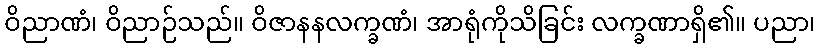
ဝိညာဏံ၊ ဝိညာဉ်သည်။ ဝိဇာနနလက္ခဏံ၊ အာရုံကိုသိခြင်း လက္ခဏာရှိ၏။ ပညာ၊